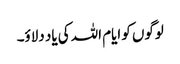
لوگوں کو ایام اللہ کی یاد دلاؤ۔